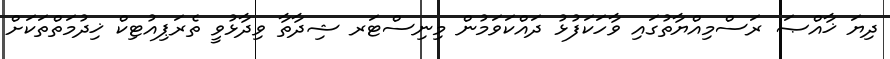
ދިޔަ ޚާއްޞަ ރަސްމިއްޔާތުގައި ވާހަކަފުޅު ދައްކަވަމުން މިނިސްޓަރ ޝިދާތާ ވިދާޅުވީ ތެރަޕިއުޓިކް ޚިދުމަތްތަކަށް